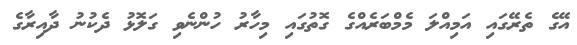
އޭގެ ތެރޭގައި އަމިއްލަ މެމްބަރެއްގެ ގޮތުގައި މިހާރު ހުންނެވި ގަލޮޅު ދެކުނު ދާއިރާގެ